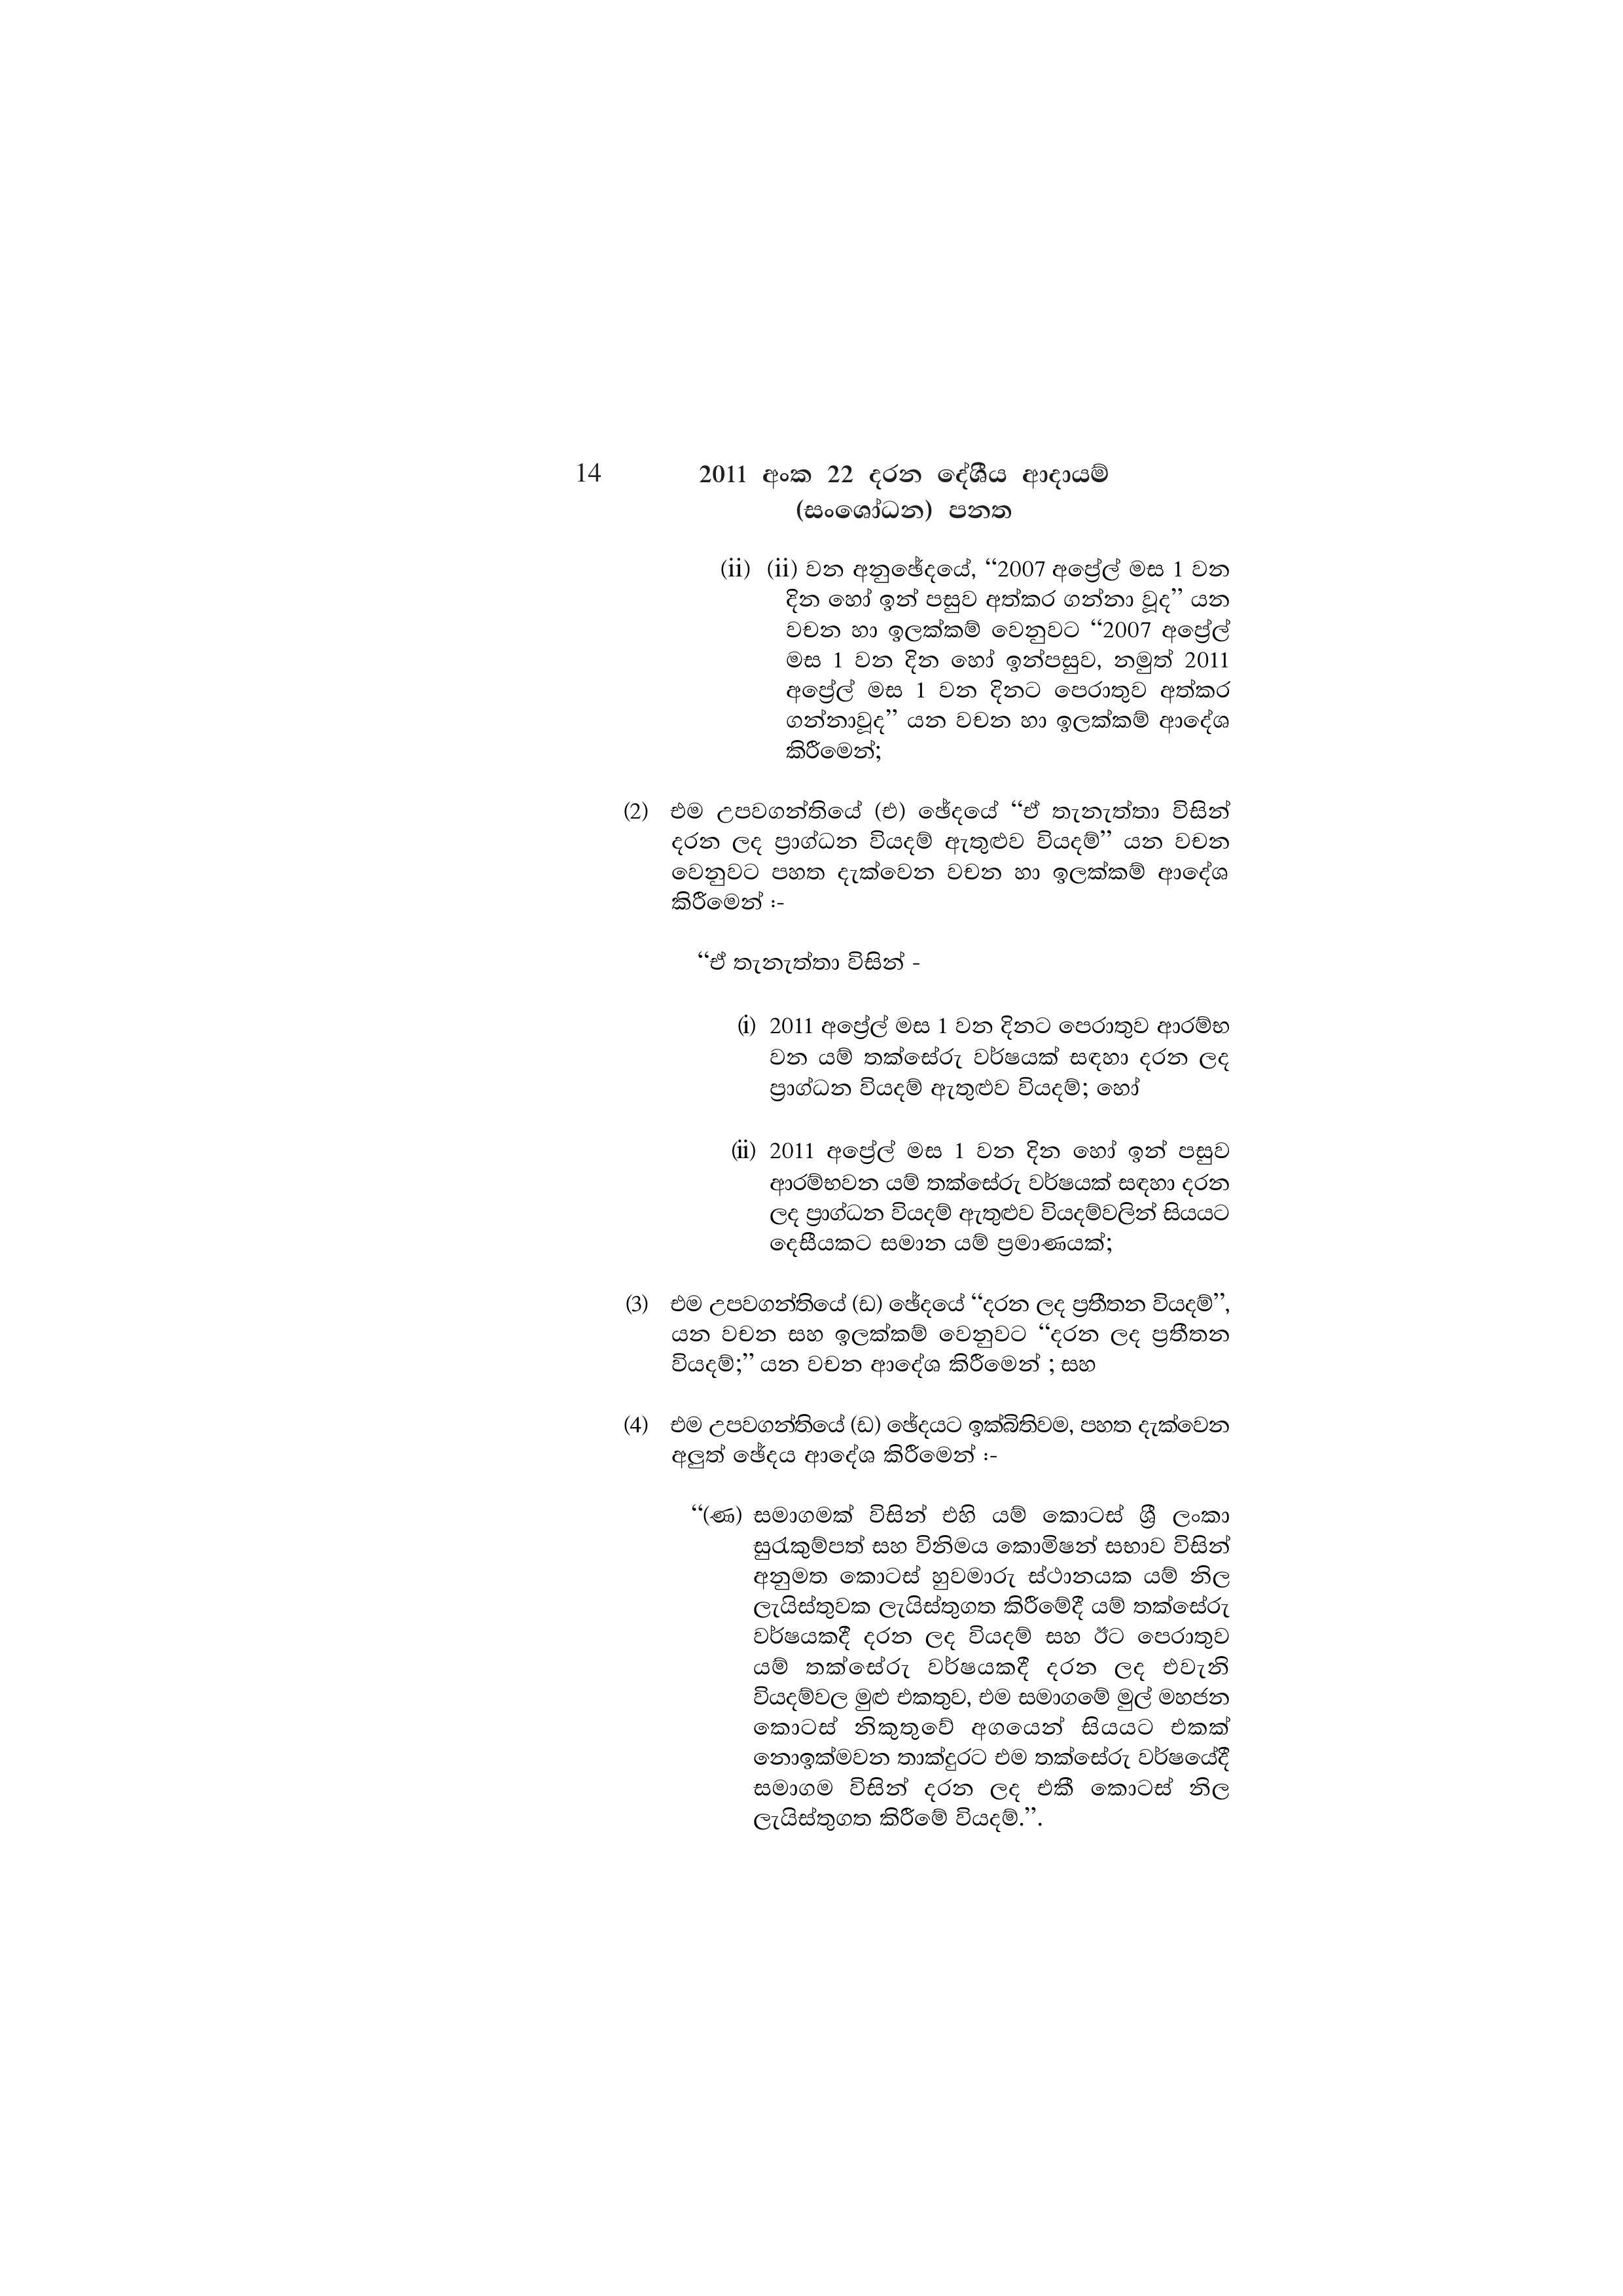
14 2011 අංක 22 දරන දේශීය ආදායම්
(සංශෝධන) පනත

(ii) (ii) වන අනුඡේදයේ, “2007 අප්‍රේල් මස 1 වන
දින හෝ ඉන් පසුව අත්කර ගන්නා වූද” යන
වචන හා ඉලක්කම් වෙනුවට “2007 අප්‍රේල්
මස 1 වන දින හෝ ඉන්පසුව, නමුත් 2011
අප්‍රේල් මස 1 වන දිනට පෙරාතුව අත්කර
ගන්නාවූද” යන වචන හා ඉලක්කම් ආදේශ
කිරීමෙන්;

(2) එම උපවගන්තියේ (එ) ඡේදයේ “ඒ තැනැත්තා විසින්
දරන ලද ප්‍රාග්ධන වියදම් ඇතුළුව වියදම්” යන වචන
වෙනුවට පහත දැක්වෙන වචන හා ඉලක්කම් ආදේශ
කිරීමෙන් :-

“ඒ තැනැත්තා විසින් -

(i) 2011 අප්‍රේල් මස 1 වන දිනට පෙරාතුව ආරම්භ
වන යම් තක්සේරු වර්ෂයක් සඳහා දරන ලද
ප්‍රාග්ධන වියදම් ඇතුළුව වියදම්;හෝ

(ii) 2011 අප්‍රේල් මස 1 වන දින හෝ ඉන් පසුව
ආරම්භවන යම් තක්සේරු වර්ෂයක් සඳහා දරන
ලද ප්‍රාග්ධන වියදම් ඇතුළුව වියදම්වලින් සියයට
දෙසීයකට සමාන යම් ප්‍රමාණයක්;

(3) එම උපවගන්තියේ (ඩ) ඡේදයේ “දරන ලද ප්‍රතීතන වියදම්”,
යන වචන සහ ඉලක්කම් වෙනුවට “දරන ලද ප්‍රතීතන
වියදම්;” යන වචන ආදේශ කිරීමෙන් ; සහ

(4) එම උපවගන්තියේ (ඩ) ඡේදයට ඉක්බිතිවම, පහත දැක්වෙන
අලුත් ඡේදය ආදේශ කිරීමෙන් :-

“(ණ) සමාගමක් විසින් එහි යම් කොටස් ශ්‍රී ලංකා
සුරැකුම්පත් සහ විනිමය කොමිෂන් සභාව විසින්
අනුමත කොටස් හුවමාරු ස්ථානයක යම් නිල
ලැයිස්තුවක ලැයිස්තුගත කිරීමේදී යම් තක්සේරු
වර්ෂයකදී දරන ලද වියදම් සහ ඊට පෙරාතුව
යම් තක්සේරු වර්ෂයකදී දරන ලද එවැනි
වියදම්වල මුළු එකතුව, එම සමාගමේ මුල් මහජන
කොටස් නිකුතුවේ අගයෙන් සියයට එකක්
නොඉක්මවන තාක්දුරට එම තක්සේරු වර්ෂයේදී
සමාගම විසින් දරන ලද එකී කොටස් නිල
ලැයිස්තුගත කිරීමේ වියදම්.”.